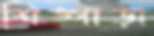
শিঙ্গাড়া